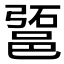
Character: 𰻱